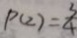
P ( 2 ) = \frac { 3 } { 4 }